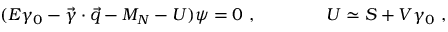
( E \gamma _ { 0 } - \vec { \gamma } \cdot \vec { q } - M _ { N } - U ) \psi = 0 \ , \qquad \qquad U \simeq S + V \gamma _ { 0 } \ ,